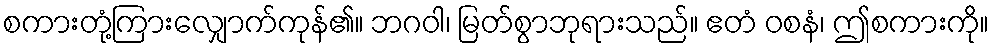
စကားတုံ့ကြားလျှောက်ကုန်၏။ ဘဂဝါ၊ မြတ်စွာဘုရားသည်။ ဧတံ ဝစနံ၊ ဤစကားကို။